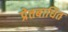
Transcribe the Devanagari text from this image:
प्रेतबाधित